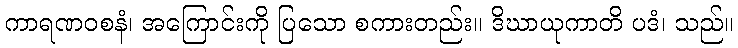
ကာရဏဝစနံ၊ အကြောင်းကို ပြသော စကားတည်း။ ဒိဃာယုကာတိ ပဒံ၊ သည်။